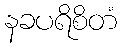
နခပရိစိတံ